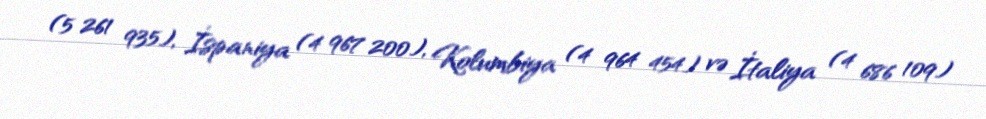
(5 261 935), İspaniya (4 967 200), Kolumbiya (4 964 454) və İtaliya (4 686 109)